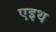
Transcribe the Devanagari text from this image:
एइथ